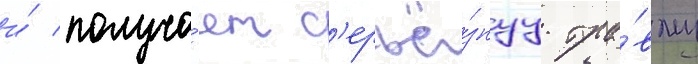
и́ получа́ет с'ерьё́знуу тра́вму